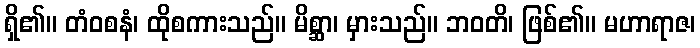
ရှိ၏။ တံဝစနံ၊ ထိုစကားသည်။ မိစ္ဆာ၊ မှားသည်။ ဘဝတိ၊ ဖြစ်၏။ မဟာရာဇ၊